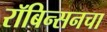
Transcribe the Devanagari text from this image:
रॉबिन्सनचा